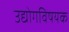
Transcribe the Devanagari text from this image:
उद्योगविषयक